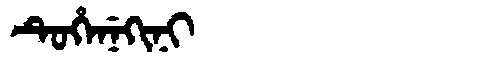
Manchu: ᡨᡠᡥᡝᠨᡝᡴᡳᠨᡳ
Romanization: TUHENEKINI